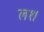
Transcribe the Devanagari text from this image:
ल१।